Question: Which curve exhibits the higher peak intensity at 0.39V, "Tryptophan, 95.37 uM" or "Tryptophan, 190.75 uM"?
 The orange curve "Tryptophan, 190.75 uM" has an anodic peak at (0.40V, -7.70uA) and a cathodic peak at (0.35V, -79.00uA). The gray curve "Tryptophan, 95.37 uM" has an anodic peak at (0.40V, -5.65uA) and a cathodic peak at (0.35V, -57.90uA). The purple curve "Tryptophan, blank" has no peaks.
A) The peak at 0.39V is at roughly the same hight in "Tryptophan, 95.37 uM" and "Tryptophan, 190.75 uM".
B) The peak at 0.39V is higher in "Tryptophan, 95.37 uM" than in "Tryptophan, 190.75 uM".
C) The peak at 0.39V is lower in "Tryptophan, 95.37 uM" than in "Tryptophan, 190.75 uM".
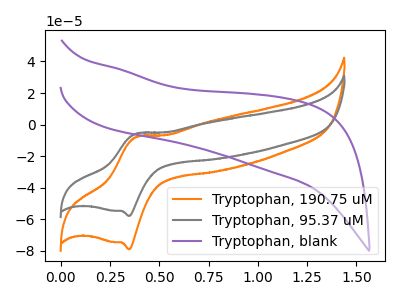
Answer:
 <answer>B) The peak at 0.39V is higher in "Tryptophan, 95.37 uM" than in "Tryptophan, 190.75 uM".</answer>
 <eval>B</eval>